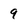
Character: 9